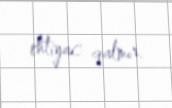
ehtiyac qalmır.